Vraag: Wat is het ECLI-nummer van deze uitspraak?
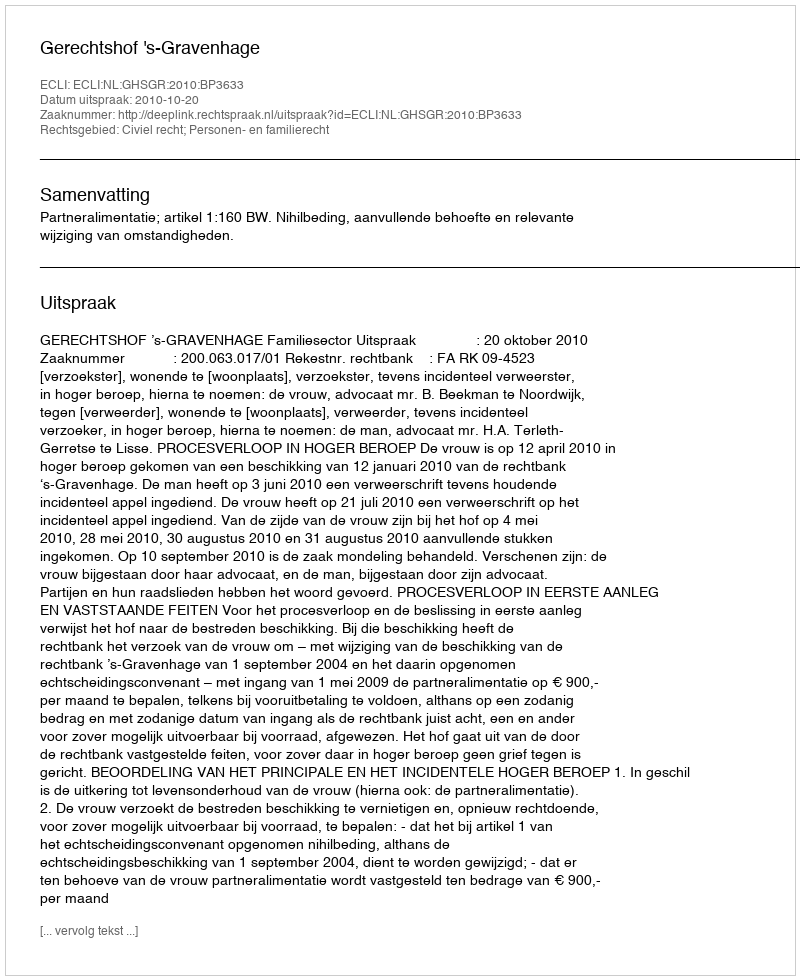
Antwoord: ECLI:NL:GHSGR:2010:BP3633